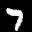
Label: 7